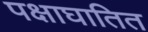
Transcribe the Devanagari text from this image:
पक्षाघातित